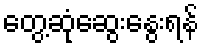
တွေ့ဆုံဆွေးနွေးရန်